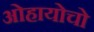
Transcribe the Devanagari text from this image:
ओहायोचो